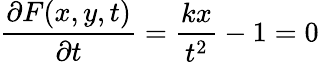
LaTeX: {\frac{\partial F(x,y,t)}{\partial t}}={\frac{kx}{t^{2}}}-1=0